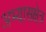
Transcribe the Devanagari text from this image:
अभ्यासक्षेत्र